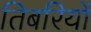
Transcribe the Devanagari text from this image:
तिबरियों